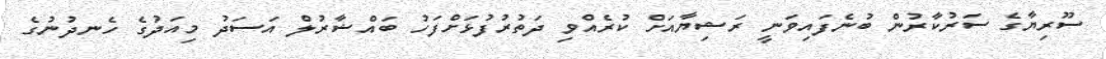
ސޫރިޔާގެ ސަރުކާރުން ބުނެފައިވަނީ ރަޝިޔާއަށް ކުރެއްވި ދަތުރުފުޅަށްފަހު ބައްޝާރުލް އަސަދު މިއަދުގެ ހެނދުނުގެ